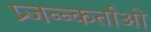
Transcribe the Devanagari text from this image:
प्र्जन्न्कर्ताओ